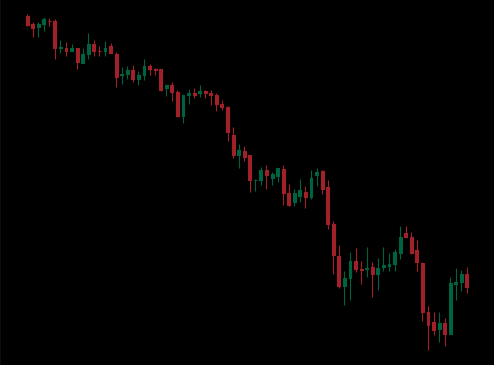
Pattern: unclassified